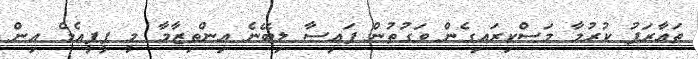
ތަޢާރަފު ކުރުމާ މަސްކިރައިގެން ވަގުތުން ފައިސާ ލިބޭނެ އިންތިޒާމާ މީ ޕީޕީއެމް އިން